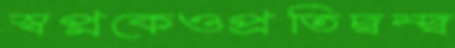
স্বপ্নকেওপ্রতিদ্বন্দ্ব